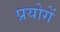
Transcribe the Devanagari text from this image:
प्रयोगें